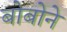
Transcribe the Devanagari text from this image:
बोबोने